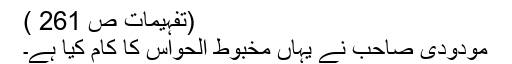
(تفہیمات ص 261 )
مودودی صاحب نے یہاں مخبوط الحواس کا کام کیا ہے۔